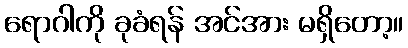
ရောဂါကို ခုခံရန် အင်အား မရှိတော့။